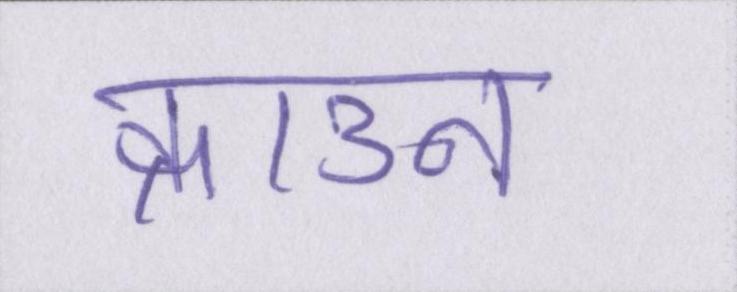
क्राउन